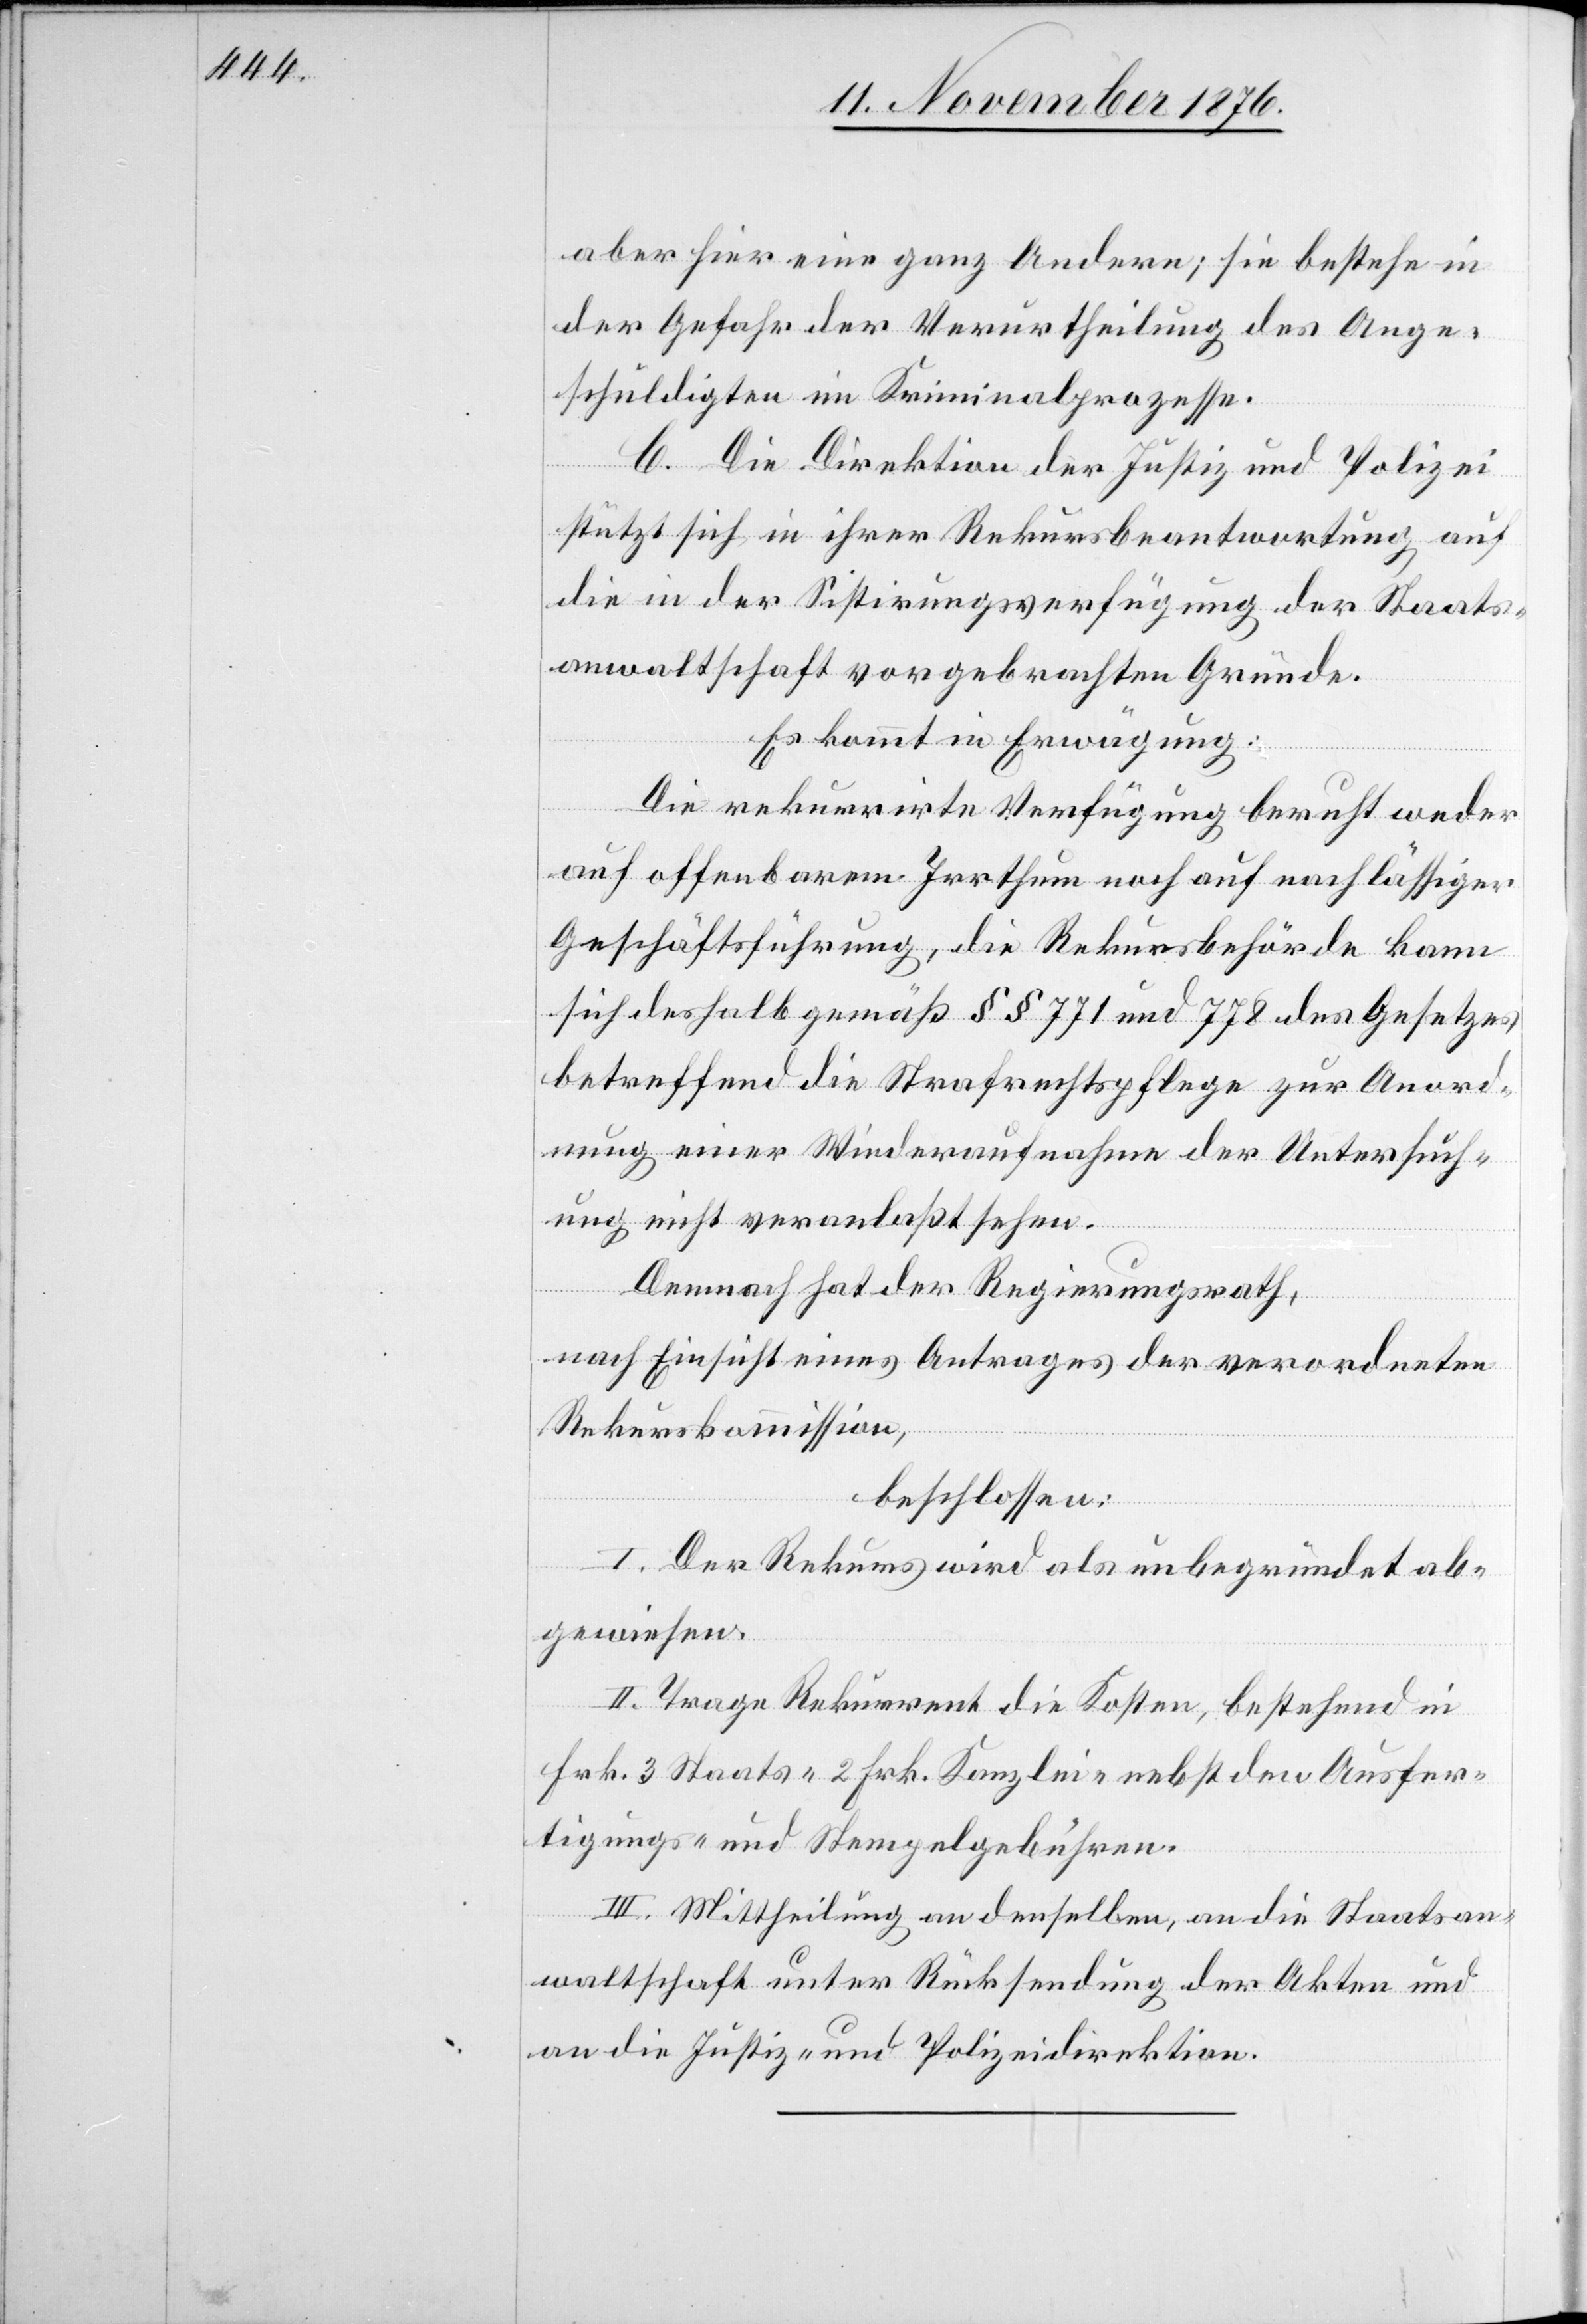
aber hier eine ganz Andere; sie bestehe in
der Gefahr der Verurtheilung des Ange¬
schuldigten im Kriminalprozesse.
C. Die Direktion der Justiz und Polizei
stützt sich in ihrer Rekursbeantwortung auf
die in der Sistirungsverfügung der Staats¬
anwaltschaft vorgebrachten Gründe.
Es kommt in Erwägung:
Die rekurrirte Verfügung beruht weder
auf offenbarem Irrthum noch auf nachlässiger
Geschäftsführung, die Rekursbehörde kann
sich deshalb gemäß §§ 771 und 778 des Gesetzes
betreffend die Strafrechtspflege zur Anord¬
nung einer Wiederaufnahme der Untersuch¬
ung nicht veranlaßt sehen.
Demnach hat der Regierungsrath,
nach Einsicht eines Antrages der verordneten
Rekurskommission,
beschlossen:
I. Der Rekurs wird als unbegründet ab¬
gewiesen.
II. Trage Rekurrent die Kosten, bestehend in
Frk. Staats- 2 Frk. Kanzlei- nebst den Ausfer¬
tigungs- und Stempelgebühren.
III. Mittheilung an denselben, an die Staatsan¬
waltschaft unter Rücksendung der Akten und
an die Justiz- und Polizeidirektion.